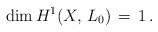
LaTeX: \begin{align*}\dim H^1(X,\, L_0)\, =\, 1\, .\end{align*}